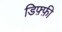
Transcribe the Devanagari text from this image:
डिफ़्फ़ी